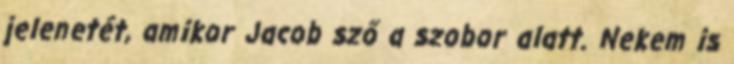
jelenetét, amikor Jacob sző a szobor alatt. Nekem is